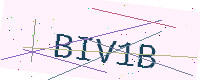
Text: BIV1B